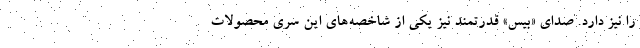
را نیز دارد. صدای «بیس» قدرتمند نیز یکی از شاخصه‌های این سری محصولات